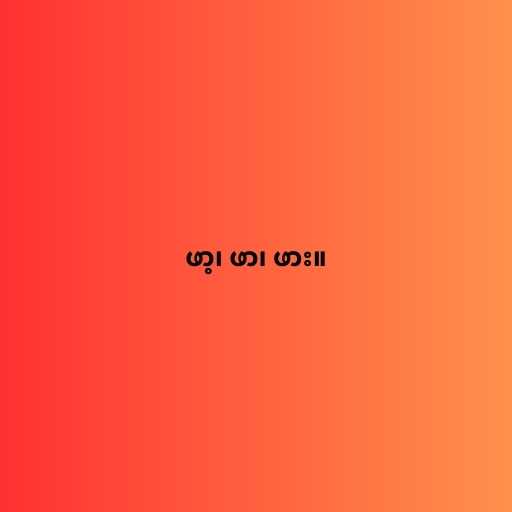
ဖာ့၊ ဖာ၊ ဖား။